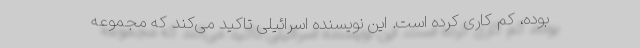
بوده، کم کاری کرده است. این نویسنده اسرائیلی تاکید می‌کند که مجموعه